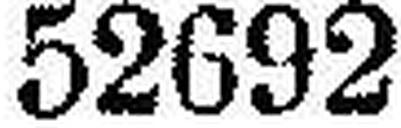
52692